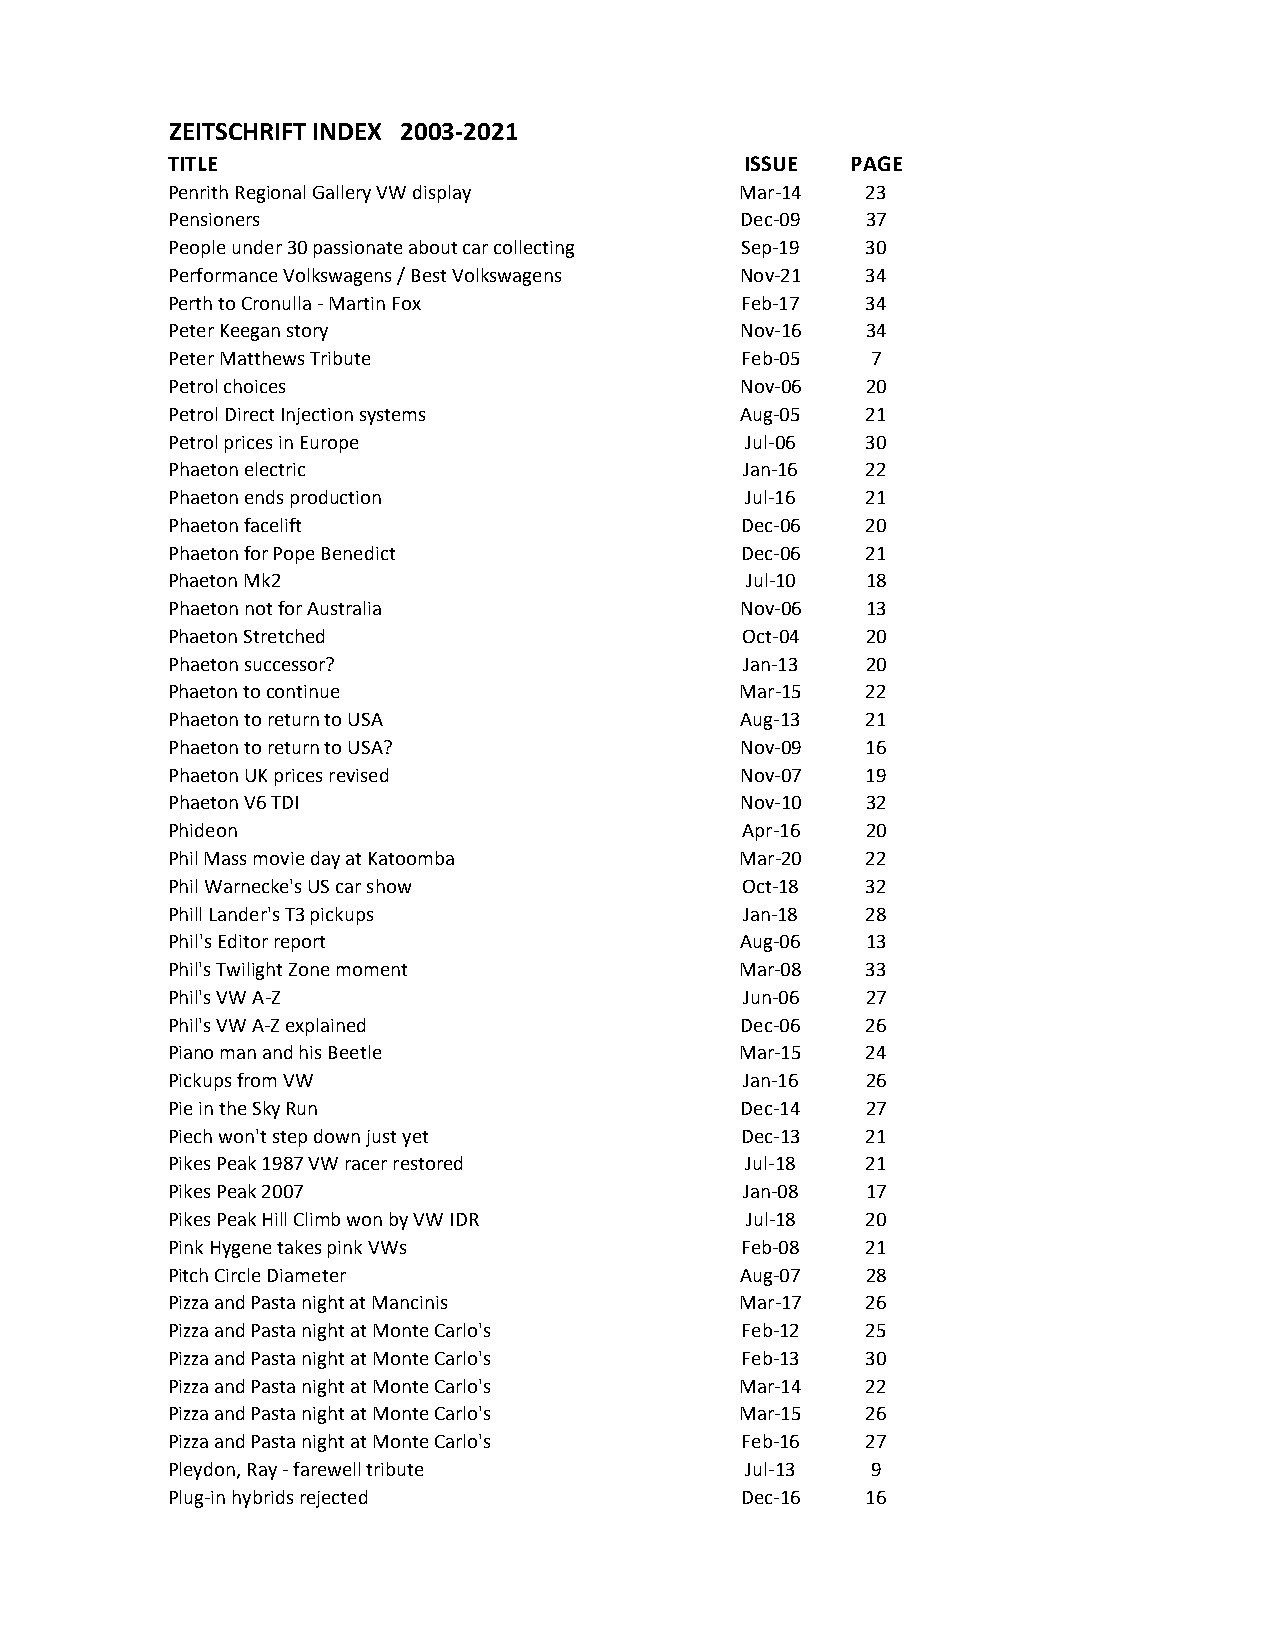
ZEITSCHRIFT INDEX 2003-2021
 TITLE                                 ISSUE  PAGE
 Penrith Regional Gallery VW display   Mar-14  23
 Pensioners                            Dec-09  37
 People under 30 passionate about car collecting Sep-19 30
 Performance Volkswagens / Best Volkswagens Nov-21 34
 Perth to Cronulla - Martin Fox        Feb-17  34
 Peter Keegan story                    Nov-16  34
 Peter Matthews Tribute                Feb-05   7
 Petrol choices                        Nov-06  20
 Petrol Direct Injection systems       Aug-05  21
 Petrol prices in Europe               Jul-06  30
 Phaeton electric                      Jan-16  22
 Phaeton ends production               Jul-16  21
 Phaeton facelift                      Dec-06  20
 Phaeton for Pope Benedict             Dec-06  21
 Phaeton Mk2                           Jul-10  18
 Phaeton not for Australia             Nov-06  13
 Phaeton Stretched                     Oct-04  20
 Phaeton successor?                    Jan-13  20
 Phaeton to continue                   Mar-15  22
 Phaeton to return to USA              Aug-13  21
 Phaeton to return to USA?             Nov-09  16
 Phaeton UK prices revised             Nov-07  19
 Phaeton V6 TDI                        Nov-10  32
 Phideon                               Apr-16  20
 Phil Mass movie day at Katoomba       Mar-20  22
 Phil Warnecke's US car show           Oct-18  32
 Phill Lander's T3 pickups             Jan-18  28
 Phil's Editor report                  Aug-06  13
 Phil's Twilight Zone moment           Mar-08  33
 Phil's VW A-Z                         Jun-06  27
 Phil's VW A-Z explained               Dec-06  26
 Piano man and his Beetle              Mar-15  24
 Pickups from VW                       Jan-16  26
 Pie in the Sky Run                    Dec-14  27
 Piech won't step down just yet        Dec-13  21
 Pikes Peak 1987 VW racer restored     Jul-18  21
 Pikes Peak 2007                       Jan-08  17
 Pikes Peak Hill Climb won by VW IDR   Jul-18  20
 Pink Hygene takes pink VWs            Feb-08  21
 Pitch Circle Diameter                 Aug-07  28
 Pizza and Pasta night at Mancinis     Mar-17  26
 Pizza and Pasta night at Monte Carlo's Feb-12 25
 Pizza and Pasta night at Monte Carlo's Feb-13 30
 Pizza and Pasta night at Monte Carlo's Mar-14 22
 Pizza and Pasta night at Monte Carlo's Mar-15 26
 Pizza and Pasta night at Monte Carlo's Feb-16 27
 Pleydon, Ray - farewell tribute       Jul-13   9
 Plug-in hybrids rejected              Dec-16  16